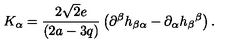
K _ { \alpha } = \frac { 2 \sqrt { 2 } e } { \left( 2 a - 3 q \right) } \left( \partial ^ { \beta } h _ { \beta \alpha } - \partial _ { \alpha } h _ { \beta } { } ^ { \beta } \right) .